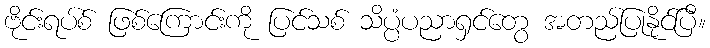
ဗိုင်းရပ်စ် ဖြစ်ကြောင်းကို ပြင်သစ် သိပ္ပံပညာရှင်တွေ အတည်ပြုနိုင်ပြီ။